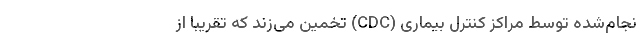
نجام‌شده توسط مراکز کنترل بیماری (CDC) تخمین می‌زند که تقریباً از